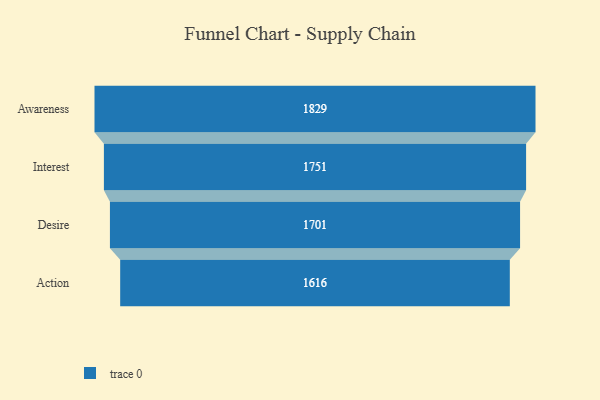
{"axis": {"x": "Stage", "y": "Value"}, "legend": [""], "data": [{"x": "Awareness", "y": 1829.0, "type": ""}, {"x": "Interest", "y": 1751.0, "type": ""}, {"x": "Desire", "y": 1701.0, "type": ""}, {"x": "Action", "y": 1616.0, "type": ""}]}